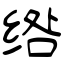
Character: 绺